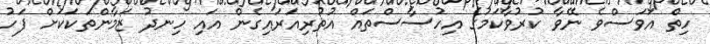
ހިތް އަވަސްވެ ނޭވާ ކުރުވާކަމުގެ އިހުސާސްތައް އުތުރިއަރައިގެން އައި ހިނދު ޒަމާންތަކަކަށް ފަހު